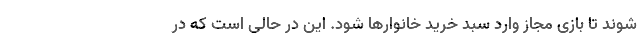
شوند تا بازی مجاز وارد سبد خرید خانوارها شود. این در حالی است که در